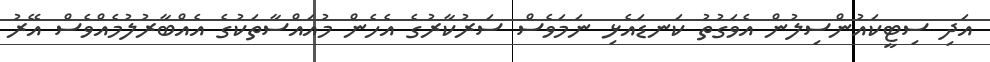
އަދި ސިޓީކައުންސިލުން އެވަގުތު ކަނޑައެޅި ނަމަވެސް ސަރުކާރުގެ އެހެން މުއައްސާތަކުގެ އެއްބާރުލުމެއްވެސް އޭރު